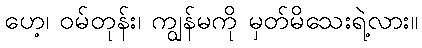
ဟေ့၊ ဝမ်တုန်း၊ ကျွန်မကို မှတ်မိသေးရဲ့လား။